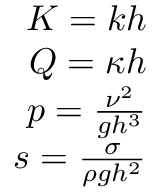
\begin{array} { r } { K = k h } \\ { Q = \kappa h } \\ { p = \frac { \nu ^ { 2 } } { g h ^ { 3 } } } \\ { s = \frac { \sigma } { \rho g h ^ { 2 } } } \end{array}